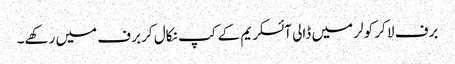
برف لا کر کولر میں ڈالی آئسکریم کے کپ نکال کر برف میں رکھے۔